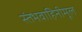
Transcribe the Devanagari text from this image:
स्तंभवाहिनीमूल